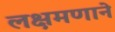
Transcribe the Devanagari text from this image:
लक्षमणाने